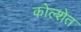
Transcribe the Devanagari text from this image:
कोल्शेत